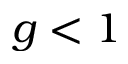
g < 1